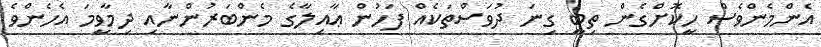
އެންމެންވެސް ހީކޮށްގެން ތިބީ ގިނަ ދުވަސްތަކެއް ފަހުން ޢާއިލާގެ މެންބަރުންނާއި ދިމާވީމަ އެހެންވެ